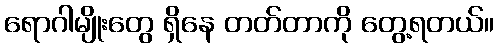
ရောဂါမျိုးတွေ ရှိနေ တတ်တာကို တွေ့ရတယ်။